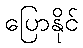
ပြောနိုင်